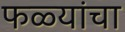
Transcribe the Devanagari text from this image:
फळ्यांचा